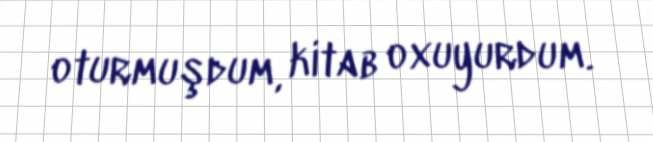
oturmuşdum, kitab oxuyurdum.